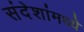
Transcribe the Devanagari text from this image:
संदेशांमध्ये